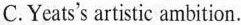
C.Yeats's artistic ambition.